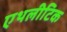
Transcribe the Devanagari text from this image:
एथलीटिक